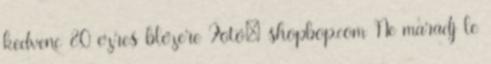
kedvenc 80 ezres blézere Fotó: shopbop.com Ne maradj le